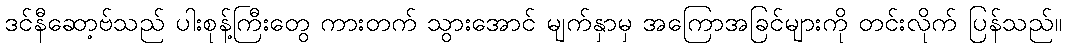
ဒင်နီဆော့ဗ်သည် ပါးစုန့်ကြီးတွေ ကားတက် သွားအောင် မျက်နှာမှ အကြောအခြင်များကို တင်းလိုက် ပြန်သည်။